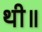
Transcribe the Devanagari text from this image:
थी॥